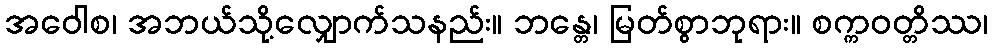
အဝေါစ၊ အဘယ်သို့လျှောက်သနည်း။ ဘန္တေ၊ မြတ်စွာဘုရား။ စက္ကဝတ္တိဿ၊